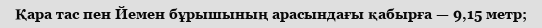
Қара тас пен Йемен бұрышының арасындағы қабырға — 9,15 метр;